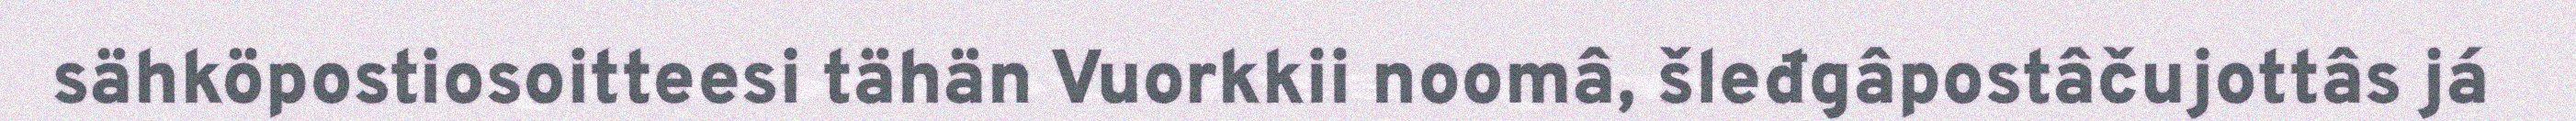
sähköpostiosoitteesi tähän Vuorkkii noomâ, šleđgâpostâčujottâs já